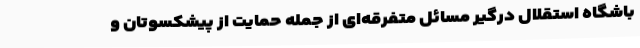
باشگاه استقلال درگیر مسائل متفرقه‌ای از جمله حمایت از پیشکسوتان و